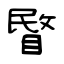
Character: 睯